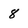
Character: 8